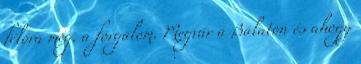
félóra még. a forgalom. Megvár a Balaton és ahogy